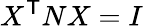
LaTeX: X^{\textsf{T}}NX=I